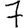
Digit: 7